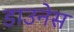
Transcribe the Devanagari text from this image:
डाउनेस